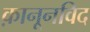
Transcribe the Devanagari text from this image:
क़ानूनविद